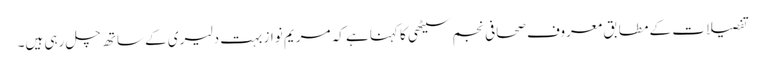
تفصیلات کے مطابق معروف صحافی نجم سیٹھی کا کہنا ہے کہ مریم نواز بہت دلیری کے ساتھ چل رہی ہیں۔